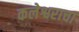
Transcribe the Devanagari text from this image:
कलेश्वराचा